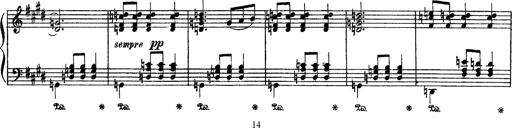
Title: Apparitions
Composer: Franz Liszt